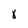
Character: 8